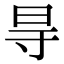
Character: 㝵